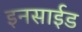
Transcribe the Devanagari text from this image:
इनसाईड